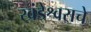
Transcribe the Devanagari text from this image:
खंडेश्वराचे